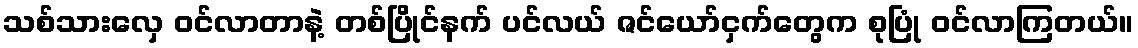
သစ်သားလှေ ဝင်လာတာနဲ့ တစ်ပြိုင်နက် ပင်လယ် ဇင်ယော်ငှက်တွေက စုပြုံ ဝင်လာကြတယ်။